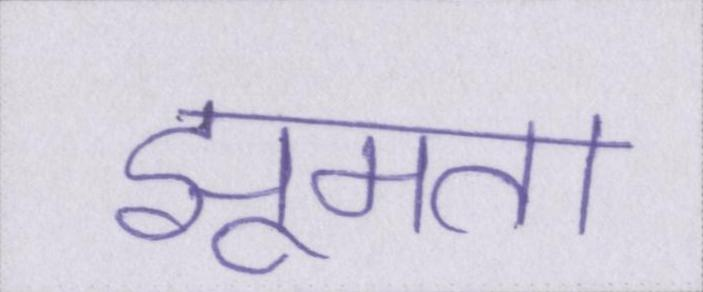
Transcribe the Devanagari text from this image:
झूमता